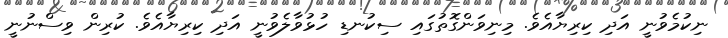
ނިކުމެވުނީ އަދި ކިރިޔާއެވެ. މިނިވަންގޮތުގައި ސިކުނޑި ހުޅުވާލެވުނީ އަދި ކިރިޔާއެވެ. ކުރިން ވިސްނުނީ